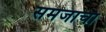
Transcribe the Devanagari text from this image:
समजाचा